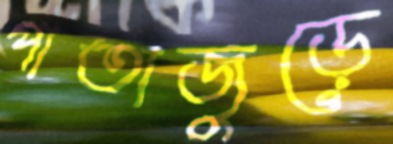
পাতাজুড়ে